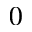
_ 0